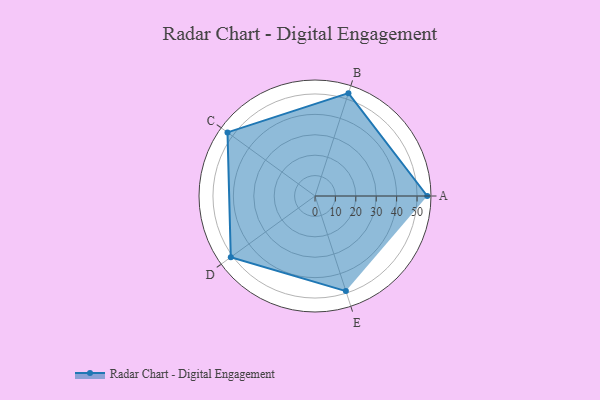
{"axis": {"x": "Skill", "y": "Score"}, "legend": ["Profile"], "data": [{"x": "A", "y": 55.0, "type": "Profile"}, {"x": "B", "y": 53.0, "type": "Profile"}, {"x": "C", "y": 53.0, "type": "Profile"}, {"x": "D", "y": 51.0, "type": "Profile"}, {"x": "E", "y": 49.0, "type": "Profile"}]}